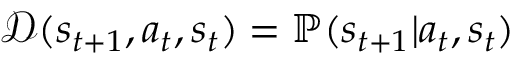
\mathcal D ( s _ { t + 1 } , a _ { t } , s _ { t } ) = \mathbb P ( s _ { t + 1 } \vert a _ { t } , s _ { t } )